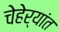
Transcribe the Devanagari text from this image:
चेहेर्‍यांत